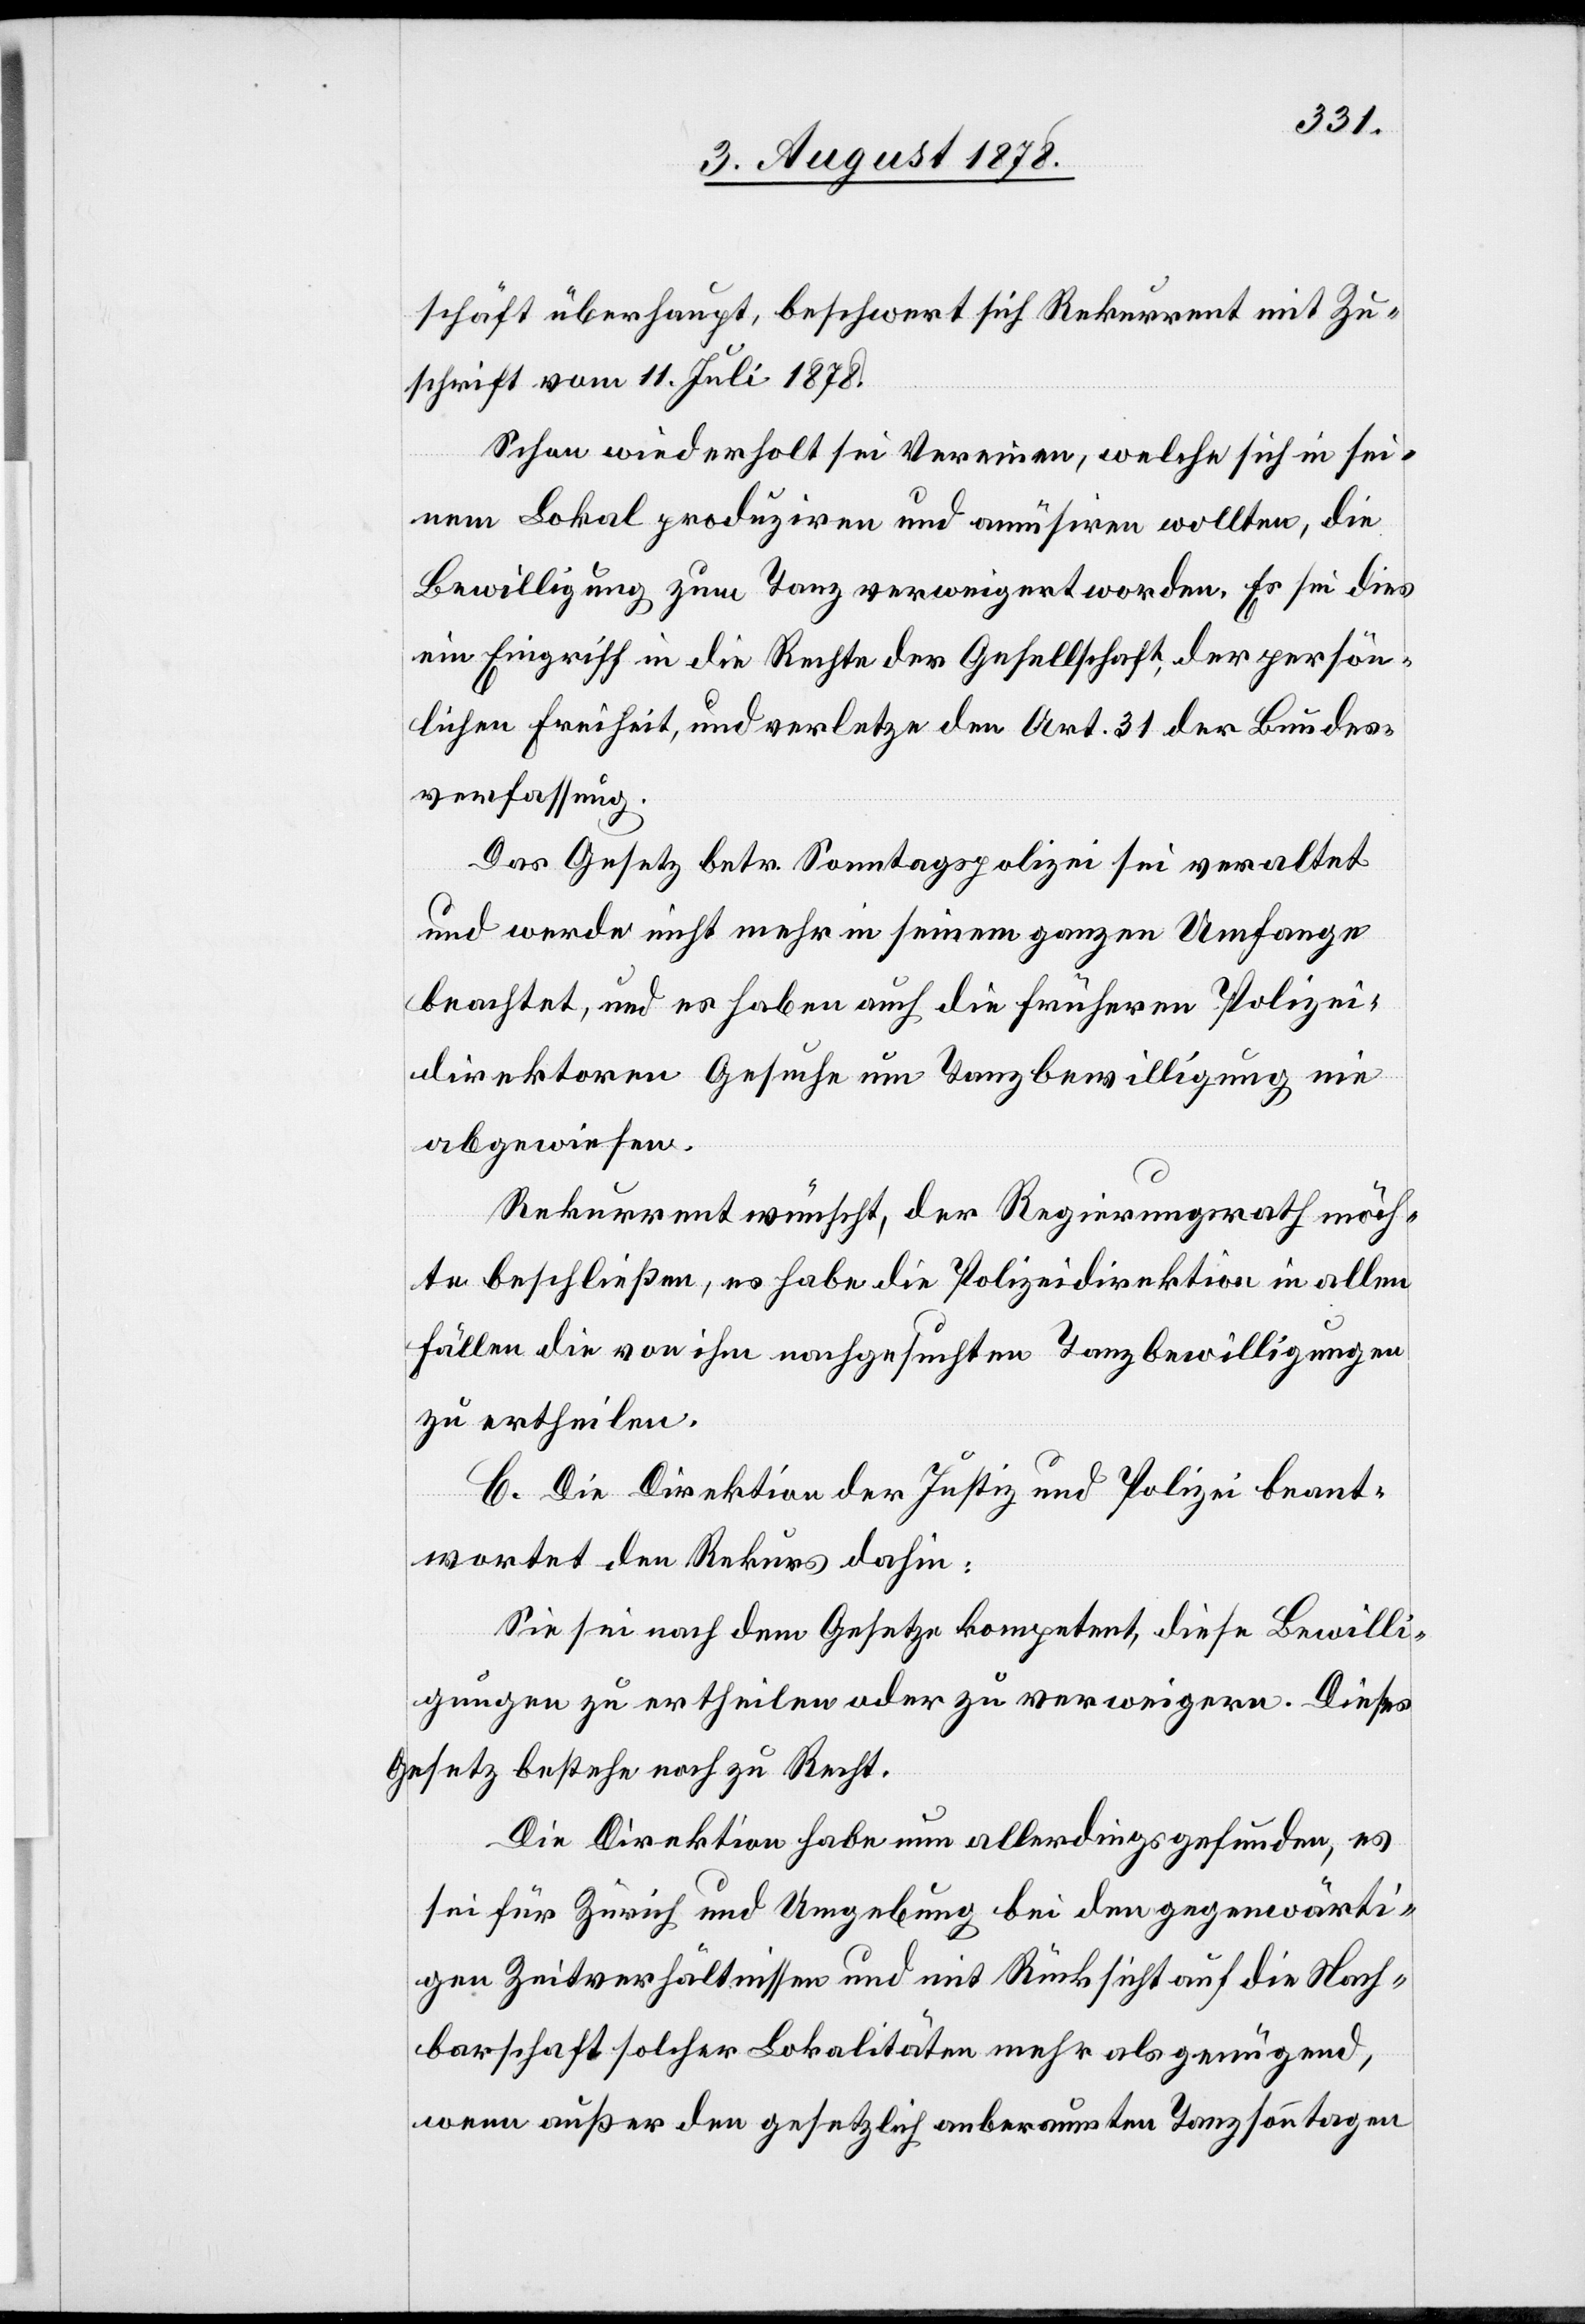
schäft überhaupt, beschwert sich Rekurrent mit Zu¬
schrift vom 11. Juli 1878.
Schon wiederholt sei Vereinen, welche sich in sei¬
nem Lokal produziren und amüsiren wollten, die
Bewilligung zum Tanz verweigert worden. Es sei dies
ein Eingriff in die Rechte der Gesellschaft, der persön¬
lichen Freiheit, und verletze den Art. 31 der Bundes¬
verfassung.
Das Gesetz betr. Sonntagspolizei sei veraltet
und werde nicht mehr in seinem ganzen Umfange
beachtet, und es haben auch die früheren Polizei¬
direktoren Gesuche um Tanzbewilligung nie
abgewiesen.
Rekurrent wünscht, der Regierungsrath möch¬
te beschließen, es habe die Polizeidirektion in allen
Fällen die von ihm nachgesuchten Tanzbewilligungen
zu ertheilen.
C. Die Direktion der Justiz und Polizei beant¬
wortet den Rekurs dahin:
Sie sei nach dem Gesetze kompetent, diese Bewilli¬
gungen zu ertheilen oder zu verweigern. Dieses
Gesetz bestehe noch zu Recht.
Die Direktion habe nun allerdings gefunden, es
sei für Zürich und Umgebung bei den gegenwärti¬
gen Zeitverhältnissen und mit Rücksicht auf die Nach¬
barschaft solcher Lokalitäten mehr als genügend,
wenn außer den gesetzlich anberaumten Tanzsonntagen